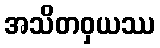
အသိတဝှယဿ